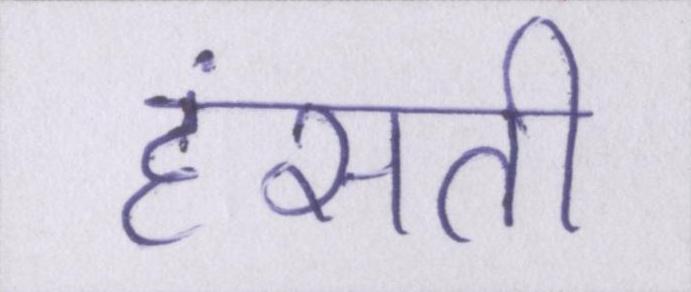
हंसती